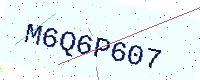
Text: M6Q6P607